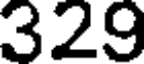
329